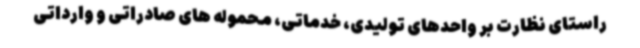
راستای نظارت بر واحدهای تولیدی، خدماتی، محموله های صادراتی و وارداتی